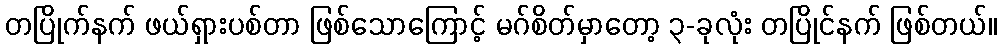
တပြိုက်နက် ဖယ်ရှားပစ်တာ ဖြစ်သောကြောင့် မဂ်စိတ်မှာတော့ ၃-ခုလုံး တပြိုင်နက် ဖြစ်တယ်။